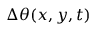
\Delta \theta ( x , y , t )